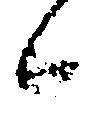
候